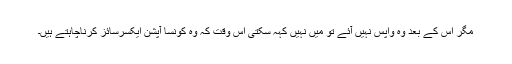
مگر اس کے بعد وہ واپس نہیں آئے تو میں نہیں کہہ سکتی اس وقت کہ وہ کونسا آپشن ایکسرسائز کرناچاہتے ہیں۔